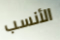
الأنسب